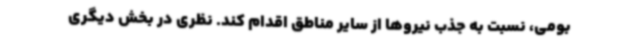
بومی، نسبت به جذب نیروها از سایر مناطق اقدام کند. نظری در بخش دیگری